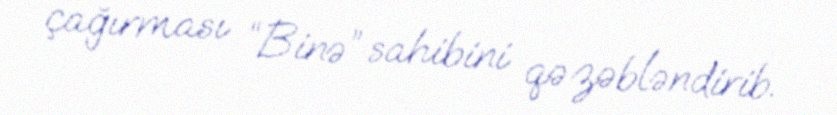
çağırması “Binə” sahibini qəzəbləndirib.